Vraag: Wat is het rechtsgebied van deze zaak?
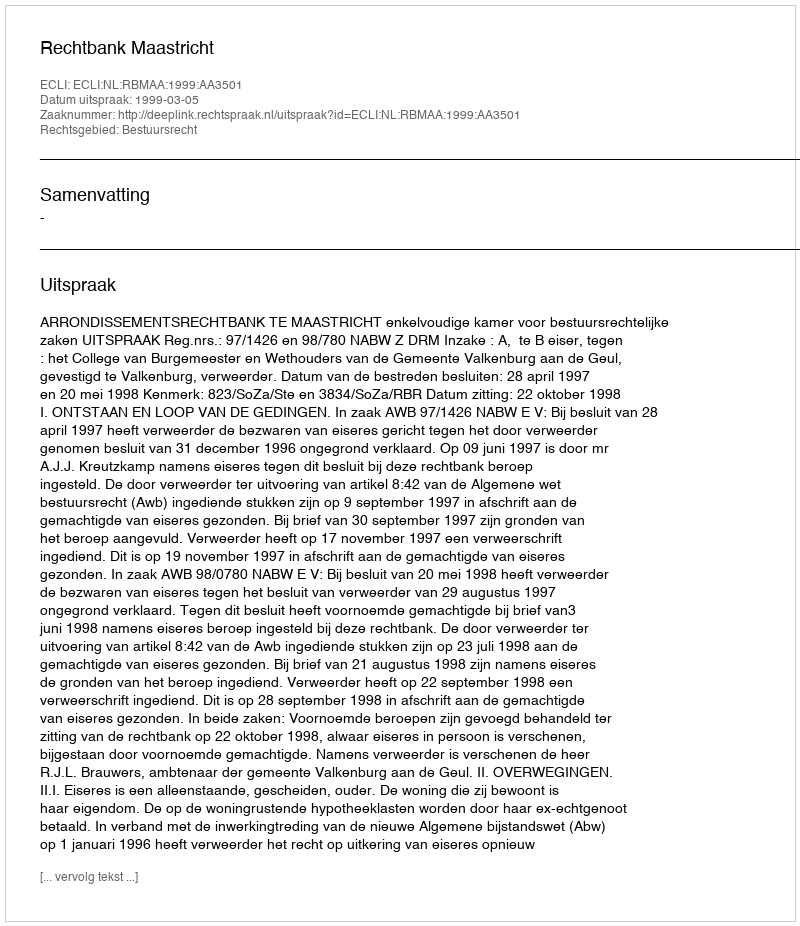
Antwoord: Bestuursrecht